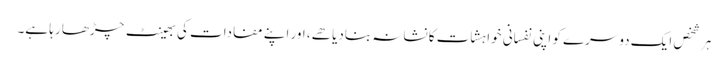
ہر شخص ایک دوسرے کو اپنی نفسانی خواہشات کا نشانہ بنادیا هے، اور اپنے مفادات کی بھینٹ چڑھا رہا ہے۔